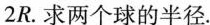
2R。求两个球的半径.